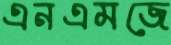
এনএমজে